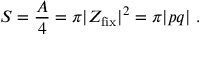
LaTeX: S = { \frac { A } { 4 } } = \pi | Z _ { \mathrm { f i x } } | ^ { 2 } = \pi | p q | \ .